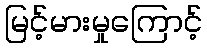
မြင့်မားမှုကြောင့်